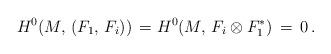
LaTeX: \begin{align*}H^0(M, \, (F_1,\, F_i))\,= H^0(M, \, F_i\otimes F^*_1)\,=\, 0\, .\end{align*}